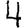
Digit: 4